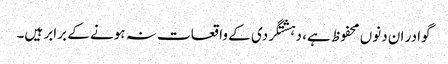
گوادر ان دنوں محفوظ ہے، دہشتگردی کے واقعات نہ ہونے کے برابر ہیں۔